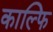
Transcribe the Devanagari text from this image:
काल्फि